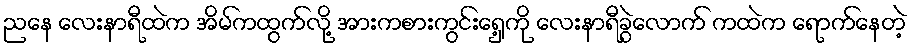
ညနေ လေးနာရီထဲက အိမ်ကထွက်လို့ အားကစားကွင်းရှေ့ကို လေးနာရီခွဲလောက် ကထဲက ရောက်နေတဲ့